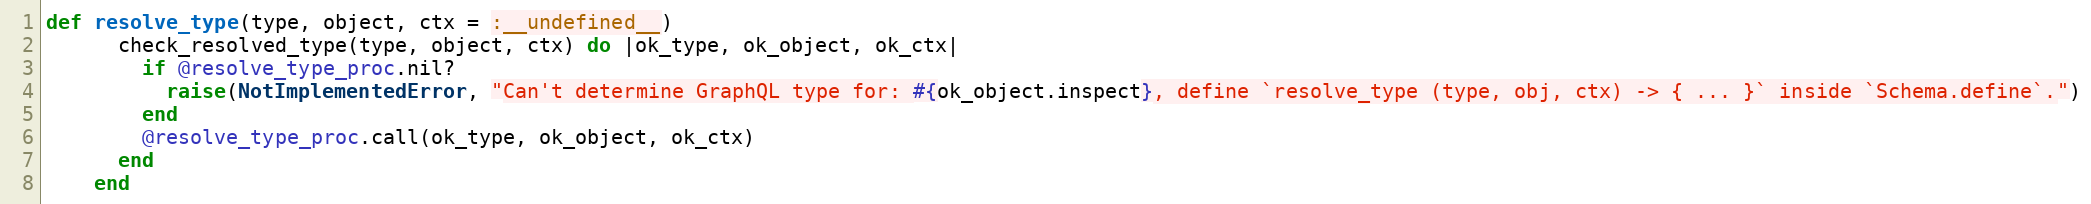
Language: Ruby
def resolve_type(type, object, ctx = :__undefined__)
      check_resolved_type(type, object, ctx) do |ok_type, ok_object, ok_ctx|
        if @resolve_type_proc.nil?
          raise(NotImplementedError, "Can't determine GraphQL type for: #{ok_object.inspect}, define `resolve_type (type, obj, ctx) -> { ... }` inside `Schema.define`.")
        end
        @resolve_type_proc.call(ok_type, ok_object, ok_ctx)
      end
    end